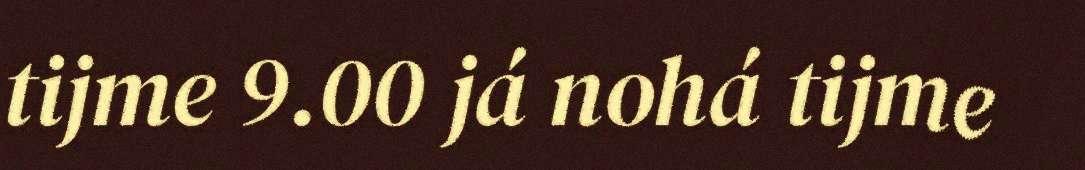
tijme 9.00 já nohá tijme